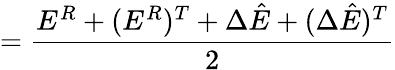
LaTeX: =\frac{E^{R}+(E^{R})^{T}+\Delta\hat{E}+(\Delta\hat{E})^{T}}{2}